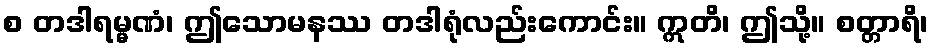
စ တဒါရမ္မဏံ၊ ဤသောမနဿ တဒါရုံလည်းကောင်း။ ဣတိ၊ ဤသို့။ စတ္တာရိ၊